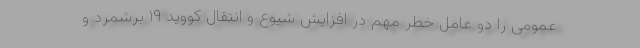
عمومی را دو عامل خطر مهم در افزایش شیوع و انتقال کووید ۱۹ برشمرد و